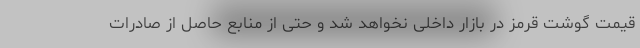
قیمت گوشت قرمز در بازار داخلی نخواهد شد و حتی از منابع حاصل از صادرات